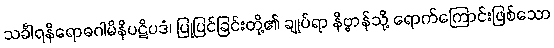
သင်္ခါရနိရောဓဂါမိနိပဋိပဒံ၊ ပြုပြင်ခြင်းတို့၏ ချုပ်ရာ နိဗ္ဗာန်သို့ ရောက်ကြောင်းဖြစ်သော